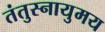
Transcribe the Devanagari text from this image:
तंतुस्नायुमय